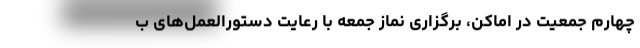
چهارم جمعیت در اماکن، برگزاری نماز جمعه با رعایت دستورالعمل‌های ب